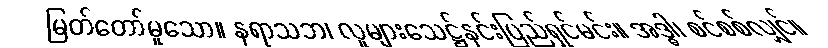
မြတ်တော်မူသော။ နရာသဘ၊ လူများသေဋ္ဌ်နင်းပြည်ရှင်မင်း။ အဒ္ဓါ၊ စင်စစ်လျှင်။